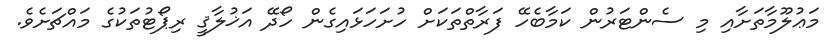
މަޢުލޫމާތަށާއި މި ސެންޓަރުން ކަމާބެހޭ ފަރާތްތަކަށް ހުށަހަޅައިގެން ހޯދޭ އަޚުލާޤީ ރިޕޯޓުތަކުގެ މައްޗަށެވެ.